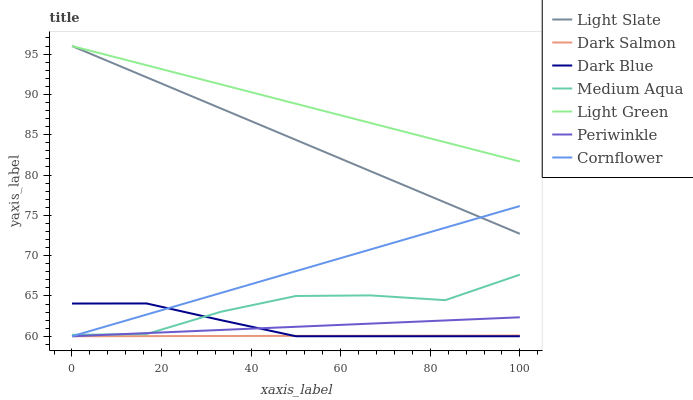
| xaxis_label | Light Slate | Dark Salmon | Dark Blue | Medium Aqua | Light Green | Periwinkle | Cornflower |
 | --- | --- | --- | --- | --- | --- | --- | --- |
 | 0 | 96 | 60 | 64.1 | 60.2 | 96 | 60 | 60 |
 | 16.7 | 92.1 | 60 | 64.1 | 60.3 | 93.6 | 60.4 | 62.7 |
 | 33.3 | 88.2 | 60 | 62 | 63 | 91.2 | 60.8 | 65.4 |
 | 50 | 84.4 | 60 | 60 | 65 | 88.8 | 61.2 | 68.1 |
 | 66.7 | 80.5 | 60.1 | 60 | 65.1 | 86.5 | 61.6 | 70.8 |
 | 83.3 | 76.6 | 60.1 | 60 | 64.5 | 84.1 | 62 | 73.5 |
 | 100 | 72.7 | 60.1 | 60 | 67.6 | 81.7 | 62.4 | 76.2 |